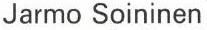
Jarmo Soininen